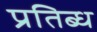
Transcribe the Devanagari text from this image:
प्रतिब्ध